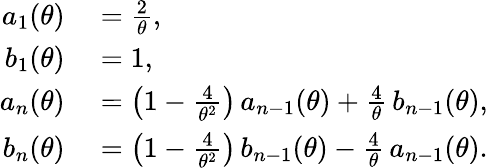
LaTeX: \begin{array}{rl}{a_{1}(\theta)}&{{}={\frac{2}{\theta}},}\\ {b_{1}(\theta)}&{{}=1,}\\ {a_{n}(\theta)}&{{}=\left(1-{\frac{4}{\theta^{2}}}\right)\, a_{n-1}(\theta)+{\frac{4}{\theta}}\, b_{n-1}(\theta),}\\ {b_{n}(\theta)}&{{}=\left(1-{\frac{4}{\theta^{2}}}\right)\, b_{n-1}(\theta)-{\frac{4}{\theta}}\, a_{n-1}(\theta).}\end{array}